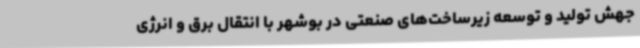
جهش تولید و توسعه زیرساخت‌های صنعتی در بوشهر با انتقال برق و انرژی